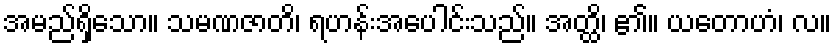
အမည်ရှိသော။ သမဏဇာတိ၊ ရဟန်းအပေါင်းသည်။ အတ္ထိ၊ ၏။ ယတောဟံ၊ လ။